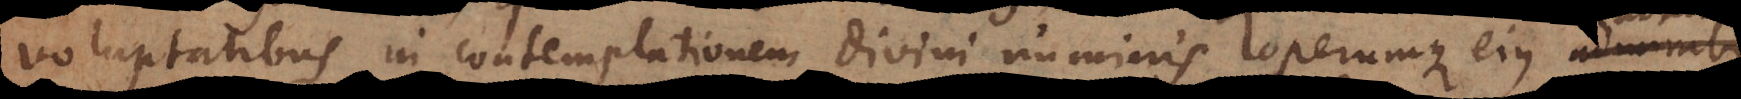
voluptatibus in contemplationem divini numinis operumque ejus admirab